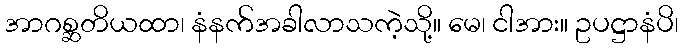
အာဂစ္ဆတိယထာ၊ နံနက်အခါလာသကဲ့သို့။ မေ၊ ငါအား။ ဥပဋ္ဌာနံပိ၊